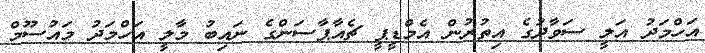
އަހްމަދު އަލީ ސަވާދުގެ އިތުރުން އެމްޑީޕީ ޗެއާޕާސަންގެ ނައިބު މާލީ އަހްމަދު މައުސޫމް